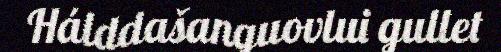
Hálddašanguovlui gullet